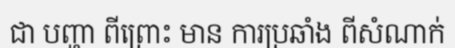
ជា បញ្ហា ពីព្រោះ មាន ការប្រឆាំង ពីសំណាក់